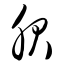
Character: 服